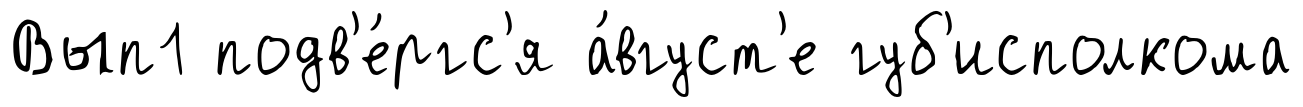
Вып1 подв'е́ргс'я а́вгуст'е губ'исполкома